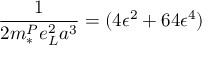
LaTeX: \frac { 1 } { 2 m _ { * } ^ { P } e _ { L } ^ { 2 } a ^ { 3 } } = ( 4 \epsilon ^ { 2 } + 6 4 \epsilon ^ { 4 } )